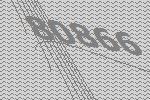
80866